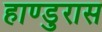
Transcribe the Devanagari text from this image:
हाण्डुरास